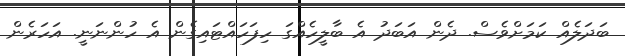
ބަދަލެއް ކަމަށްވެސް. ދެން އަބަދު އެ ބާލީހެއްގަ ހިފަހައްޓައިގެން އެ ހުންނަނީ. އަހަރެން